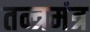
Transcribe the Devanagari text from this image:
तन्त्रमंत्र